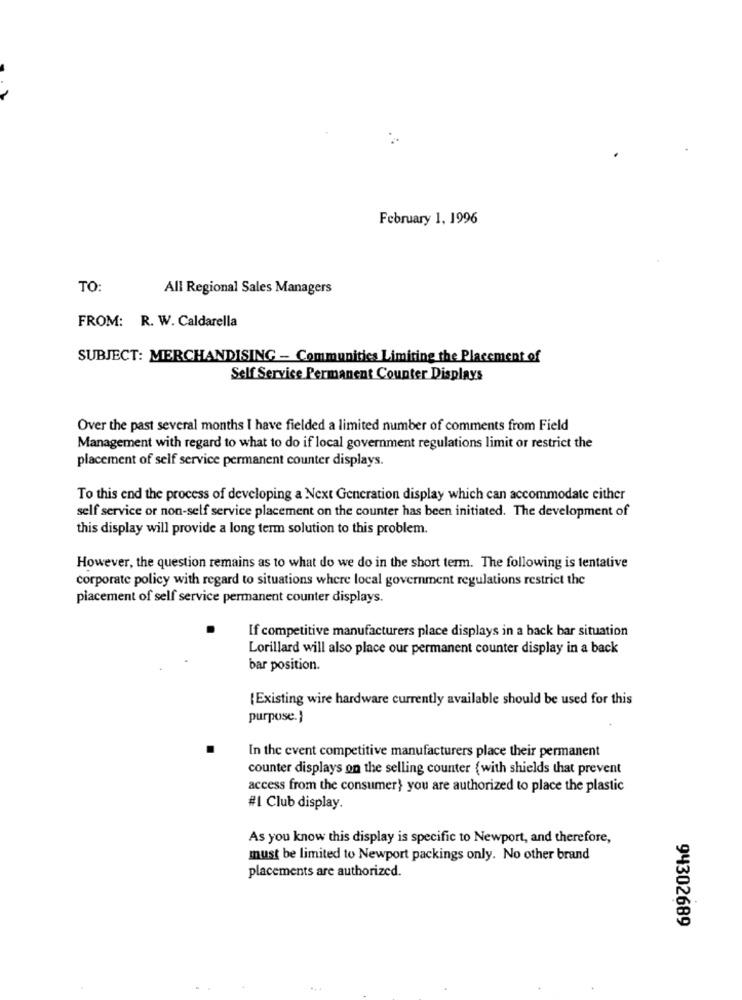
February 1, 1996
TO:
All Regional Sales Managers
FROM: R. W. Caldarella
SUBJECT: MERCHANDISING - Communities Limiting the Placement of
Self Service Permanent Counter Displays
Over the past several months I have fielded a limited number of comments from Field
Management with regard to what to do if local government regulations limit or restrict the
placement of self service permanent counter displays.
To this end the process of developing a Next Generation display which can accommodate either
self service or non-self service placement on the counter has been initiated. The development of
this display will provide a long term solution to this problem.
However, the question remains as to what do we do in the short term. The following is tentative
corporate policy with regard to situations where local government regulations restrict the
piacement of self service permanent counter displays.
If competitive manufacturers place displays in a back bar situation
Lorillard will also place our permanent counter display in a back
bar position.
(Existing wire hardware currently available should be used for this
purpose.}
In the event competitive manufacturers place their permanent
counter displays on the selling counter (with shields that prevent
access from the consumer} you are authorized to place the plastic
#1 Club display.
As you know this display is specific to Newport, and therefore,
must be limited to Newport packings only. No other brand
placements are authorized.
94302689